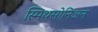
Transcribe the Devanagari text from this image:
स्मिथसोनिअन